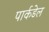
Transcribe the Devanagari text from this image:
पार्कडेल